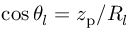
\cos \theta _ { l } = z _ { \mathrm { p } } / R _ { l }